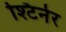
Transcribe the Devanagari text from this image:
श्टिर्नेर